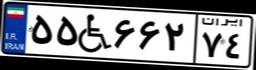
۵۵W۶۶۲۷۴